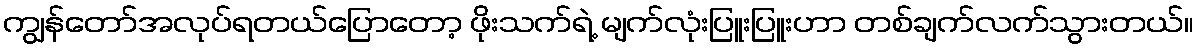
ကျွန်တော်အလုပ်ရတယ်ပြောတော့ ဖိုးသက်ရဲ့ မျက်လုံးပြူးပြူးဟာ တစ်ချက်လက်သွားတယ်။